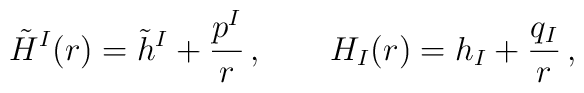
\tilde H^I(r)  = \tilde h^I+{p^I\over r}\,, \qquad H_I(r)=h_I+{q_I\over r}\,,